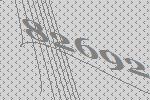
82692